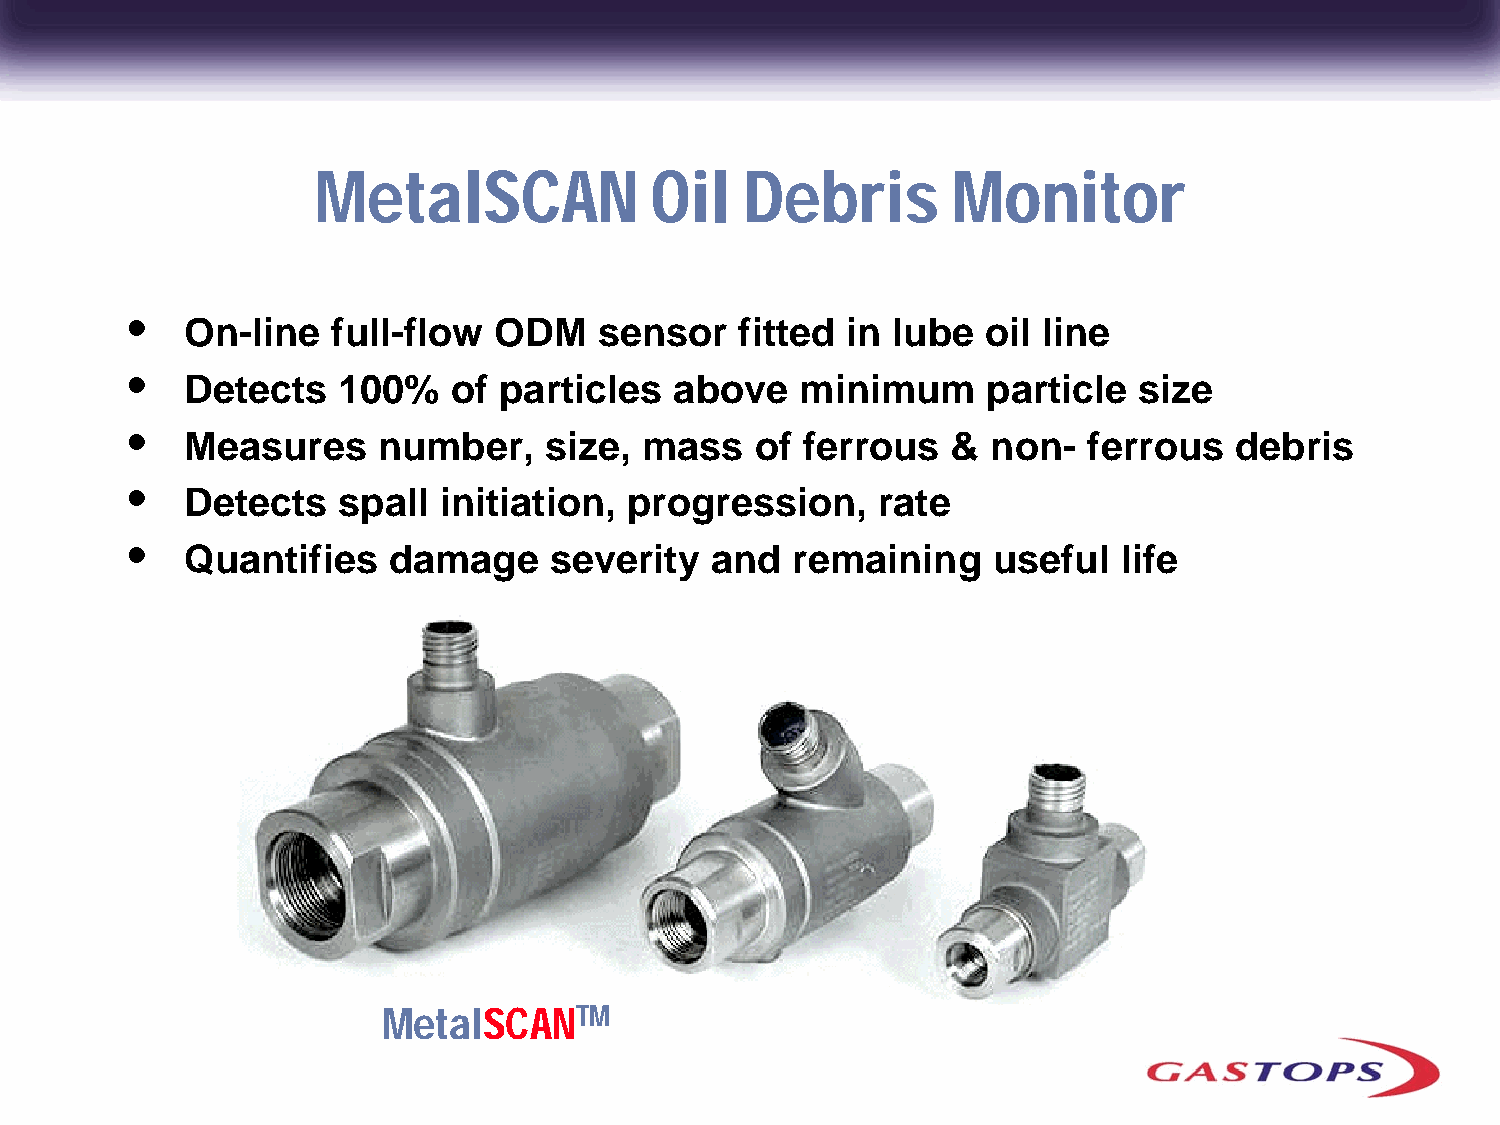
MetalSCAN             Oil   Debris        Monitor
 •
 On-line   full-flow  ODM    sensor   fitted in lube  oil line
 •
 Detects   100%    of particles   above   minimum     particle  size
 •
 Measures     number,    size, mass    of ferrous   &  non-  ferrous   debris
 •
 Detects   spall  initiation, progression,     rate
 •
 Quantifies    damage    severity   and  remaining     useful  life
 MetalSCANTM